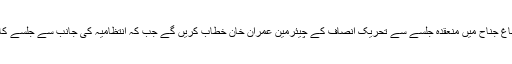
مزار قائد سے متصل گراؤنڈ باغ جناح میں منعقدہ جلسے سے تحریک انصاف کے چیئرمین عمران خان خطاب کریں گے جب کہ انتظامیہ کی جانب سے جلسے کا وقت شام 6 بجے دیا گیا ہے۔